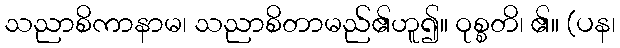
သညာစိကာနာမ၊ သညာစိတာမည်၏ဟူ၍။ ဝုစ္စတိ၊ ၏။ (ပန၊